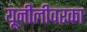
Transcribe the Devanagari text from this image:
यूनीलीवरका